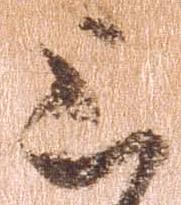
上